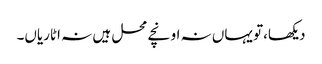
دیکھا،تو یہاں نہ اونچے محل ہیں نہ اٹاریاں۔